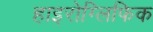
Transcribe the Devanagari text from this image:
हाइरोग्लिफिक